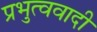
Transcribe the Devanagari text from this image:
प्रभुत्ववादी